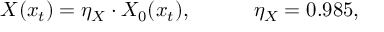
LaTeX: X ( x _ { t } ) = \eta _ { X } \cdot X _ { 0 } ( x _ { t } ) , \qquad \quad \eta _ { X } = 0 . 9 8 5 ,